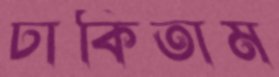
ঢাকিতাম